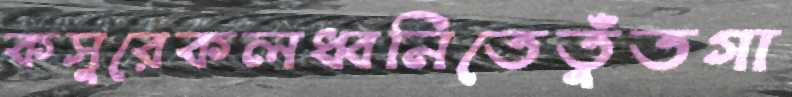
কসুরেকলধ্বনিতেতুঁতগা